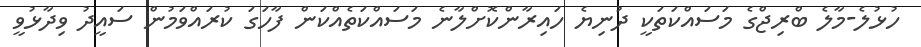
ހުޅުލެ-މާލެ ބްރިޖްގެ މަސައްކަތަކީ ދުނިޔެ ހައިރާންކޮށްލާނެ މަސައްކަތެއްކަން ފާހަގަ ކުރައްވަމުން ސައީދު ވިދާޅުވީ